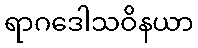
ရာဂဒေါသဝိနယာ